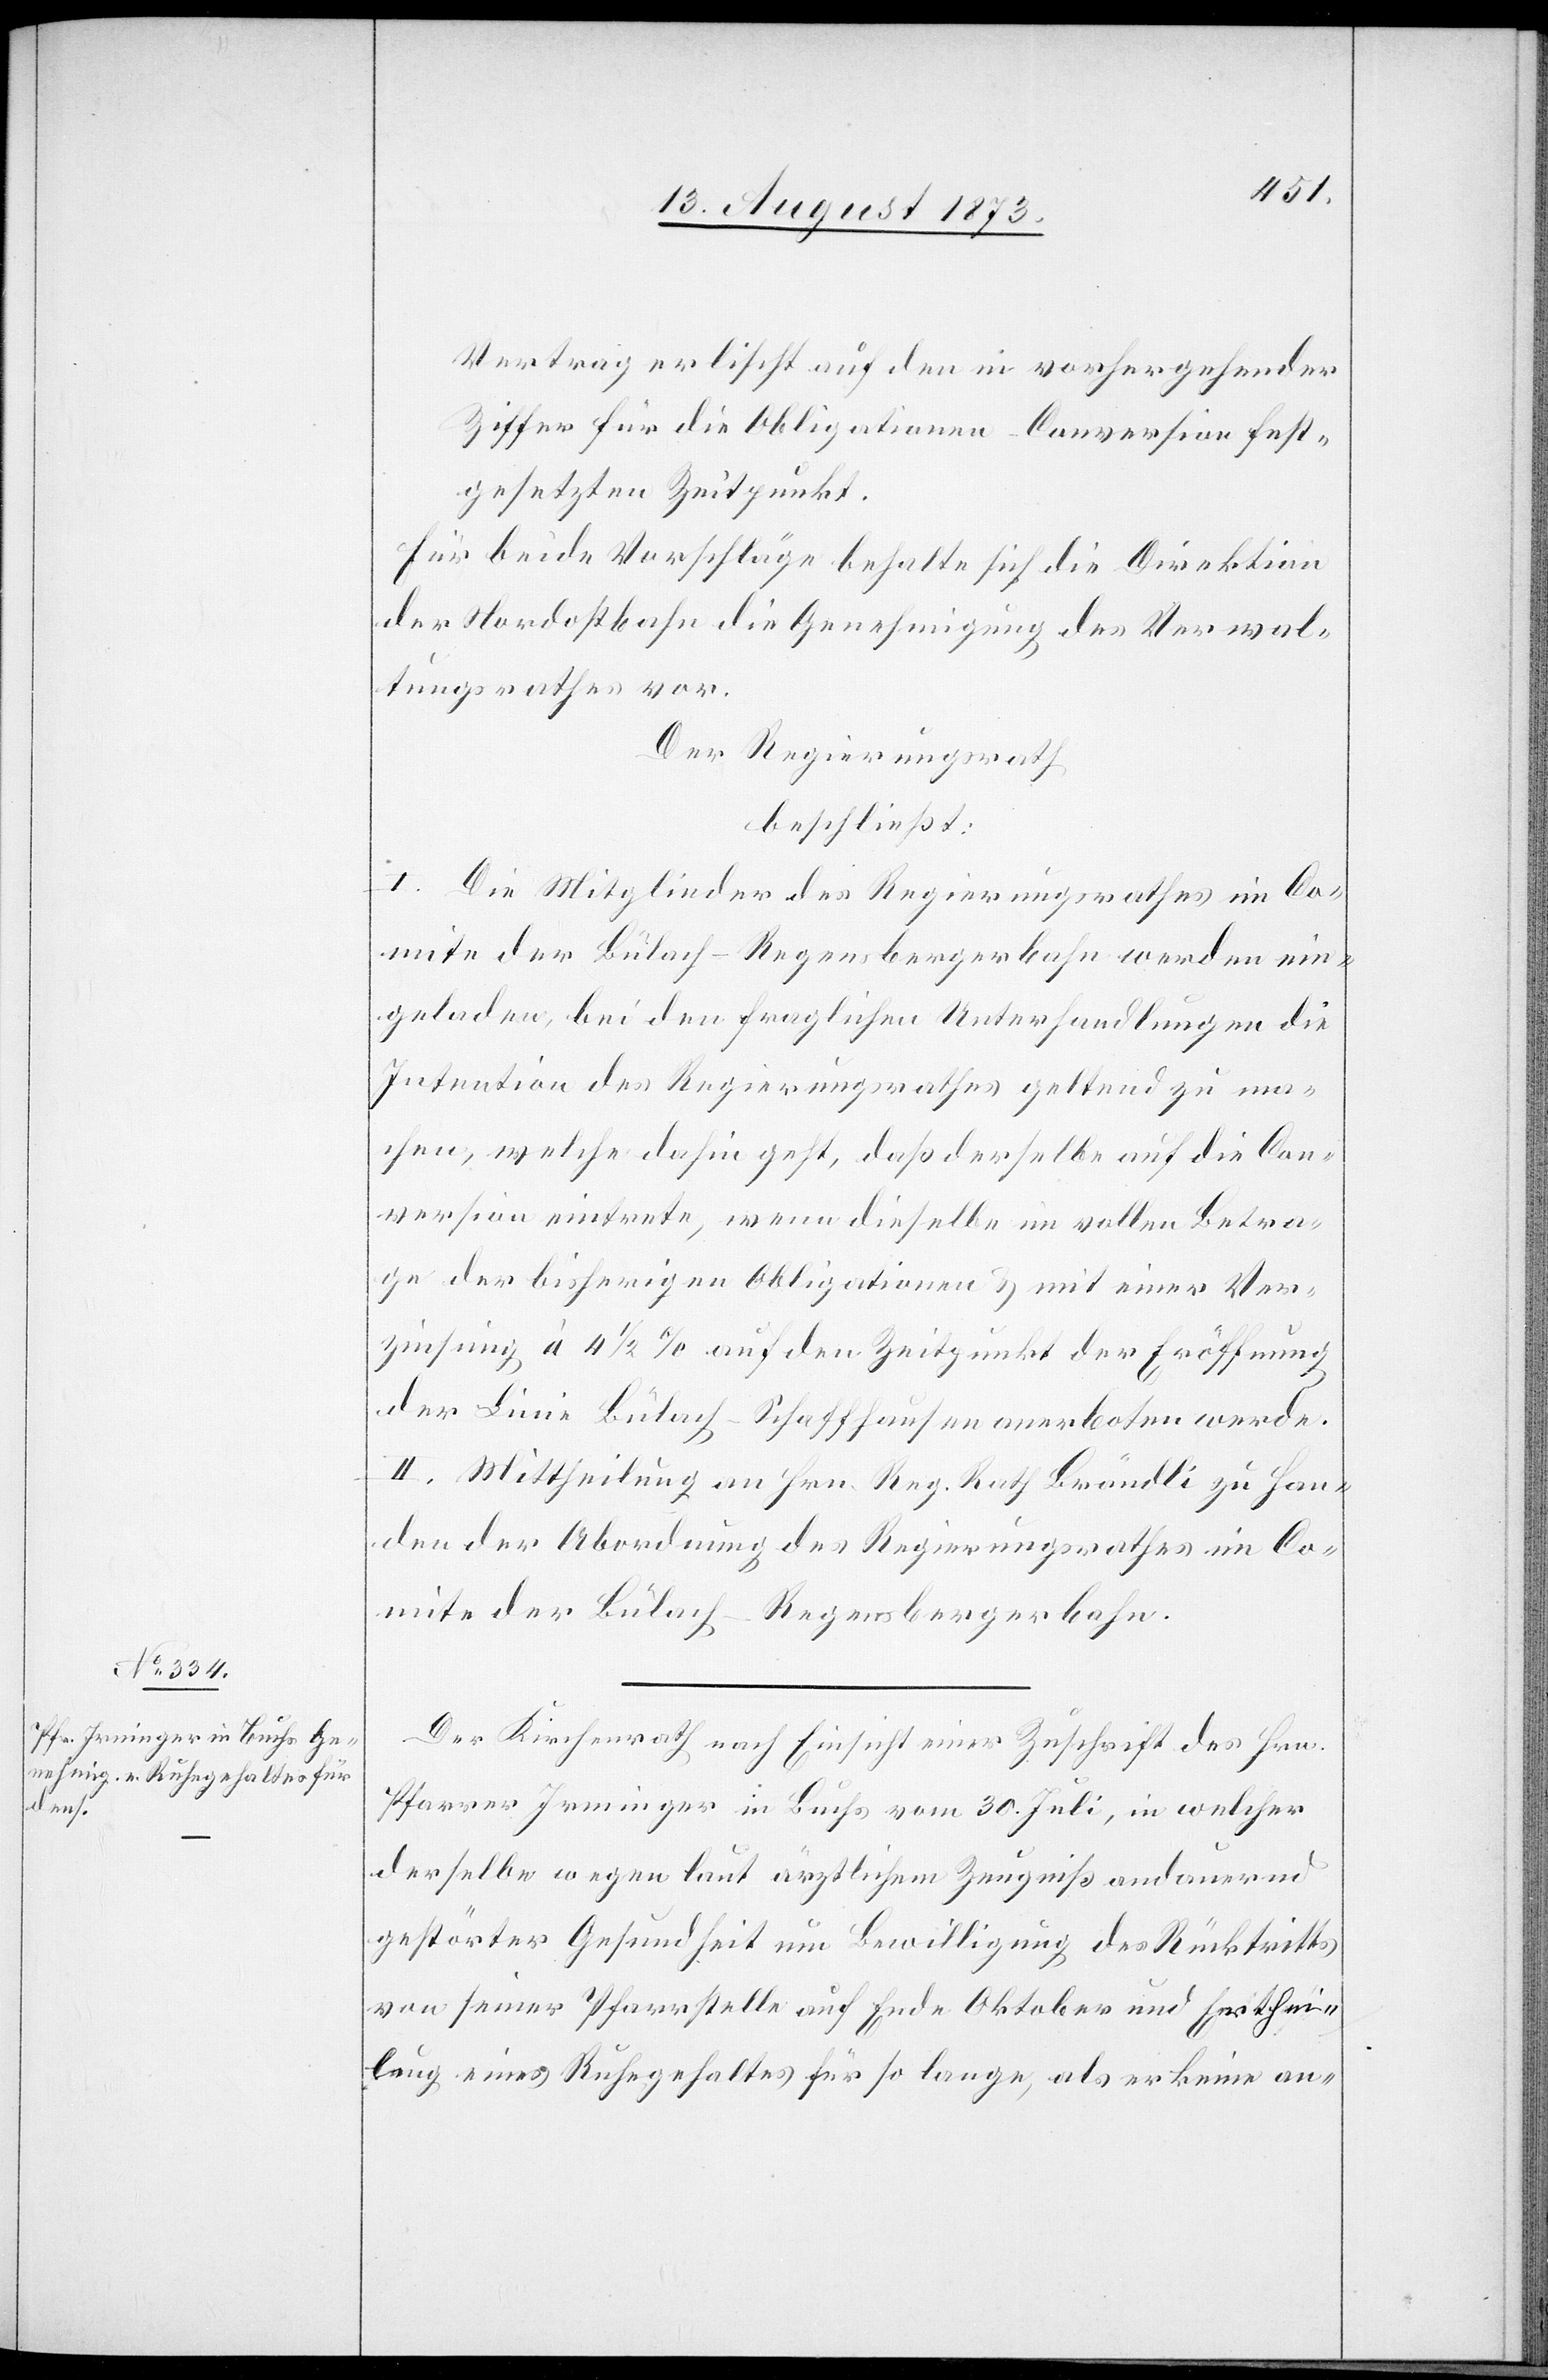
Vertrag erlischt auf den in vorhergehender
Ziffer für die Obligationen-Conversion fest¬
gesetzten Zeitpunkt.
Für beide Vorschläge behalte sich die Direktion
der Nordostbahn die Genehmigung des Verwal¬
tungsrathes vor.
Der Regierungsrath
beschließt:
I. Die Mitglieder des Regierungsrathes im Co¬
mite der Bülach–Regensbergerbahn werden ein¬
geladen, bei den fraglichen Unterhandlungen die
Intention des Regierungsrathes geltend zu ma¬
chen, welche dahin geht, daß derselbe auf die Con¬
version eintrete, wenn dieselbe im vollen Betra¬
ge der bisherigen Obligationen & mit einer Ver¬
zinsung à 4 1/2% auf den Zeitpunkt der Eröffnung
der Linie Bülach–Schaffhausen anerboten werde.
II. Mittheilung an Hrn. Reg. Rath Brändli zu Han¬
den der Abordnung des Regierungsrathes im Co¬
mite der Bülach–Regensbergerbahn.
Der Kirchenrath nach Einsicht einer Zuschrift des Hrn.
Pfarrer Irminger in Buchs vom 30. Juli, in welcher
derselbe wegen laut ärztlichem Zeugniß andauernd
gestörter Gesundheit um Bewilligung des Rücktritts
von seiner Pfarrstelle auf Ende Oktober und Erthei¬
lung eines Ruhegehaltes für so lange, als er keine an-